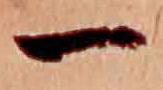
一